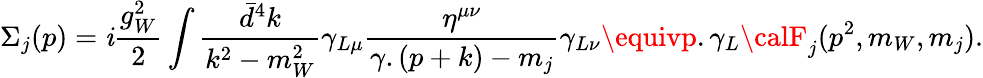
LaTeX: \Sigma_{j}(p)=\mathit{i}\frac{{g_{W}^{2}}}{{2}}\int\frac{{\bar{{d}}^{4}k}}{{k^{2}-m_{W}^{2}}}\gamma_{L\mu}\frac{{\eta^{\mu\nu}}}{{\gamma.(p+k)-m_{j}}}\gamma_{L\nu}\equivp.\gamma_{L}{\calF}_{j}(p^{2},m_{W},m_{j}).